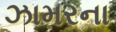
ઝામરના